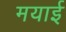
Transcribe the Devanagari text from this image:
मयाई